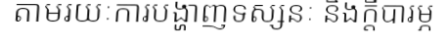
តាមរយៈការបង្ហាញទស្សនៈ និងក្តីបារម្ភ